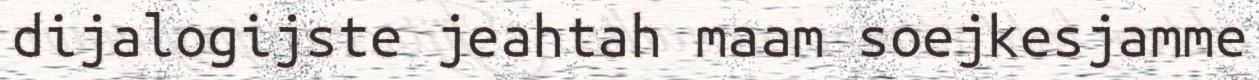
dijalogijste jeahtah maam soejkesjamme